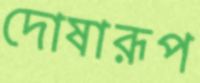
দোষারূপ